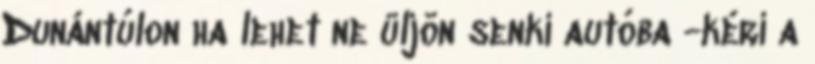
Dunántúlon ha lehet ne üljön senki autóba -kéri a